Civil Veterinary Department Bengal reports 1933-51 - 1933-1951
Year: 1933
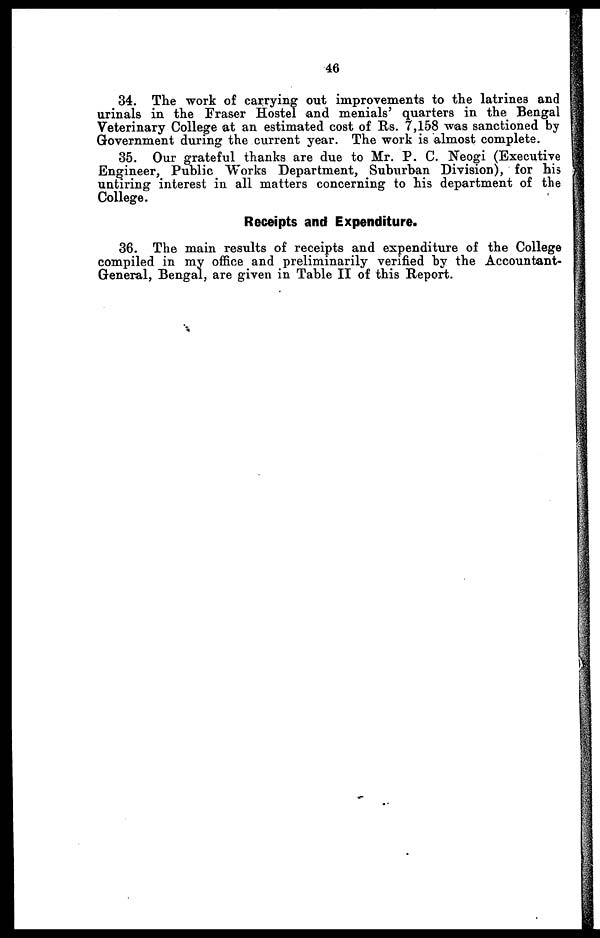
46
34. The work of carrying out improvements to the latrines and
urinals in the Eraser Hostel and menials' quarters in the Bengal
Veterinary College at an estimated cost of Rs. 7,158 was sanctioned by
Government during the current year. The work is almost complete.
35. Our grateful thanks are due to Mr. P. C. Neogi (Executive
Engineer, Public Works Department, Suburban Division), for his
untiring interest in all matters concerning to his department of the
College.
Receipts and Expenditure.
36. The main results of receipts and expenditure of the College
compiled in my office and preliminarily verified by the Accountant-
General, Bengal, are given in Table II of this Report.